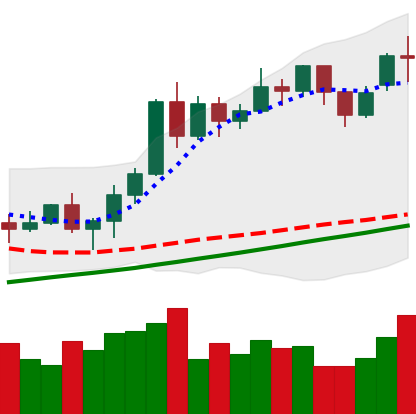
Ticker: ETH-USD
Chart end date: 2020-11-18
Forward return: 26.898%
Label: up_7plus